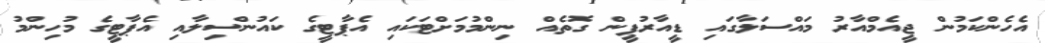
އެހެންކަމުން ޖީއެމްއާރު މައްސަލާގައި ޑީއާރުޕީން ގޮތެއް ނިންމުމަށްޓަކައި އެޕާޓީގެ ކައުންސިލާއި އެޕާޓީގެ މުހިންމު